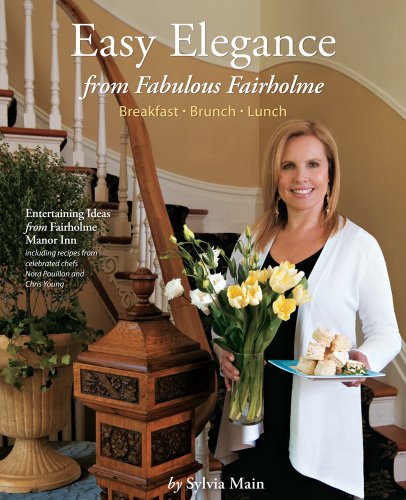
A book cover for Easy Elegance from Fabulous Fairholme: Breakfast, Brunch, Lunch; Sylvia Main; Cookbooks, Food & Wine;